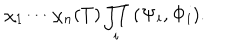
\chi _ { 1 } \cdots \chi _ { n } ( T ) \prod _ { i } \; ( { \bf \Psi _ { i } } , { \bf \Phi _ { i } } ) .